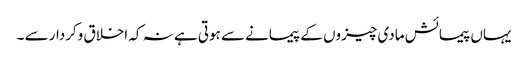
یہاں پیمائش مادی چیزوں کے پیمانے سے ہوتی ہے نہ کہ اخلاق وکردار سے ۔